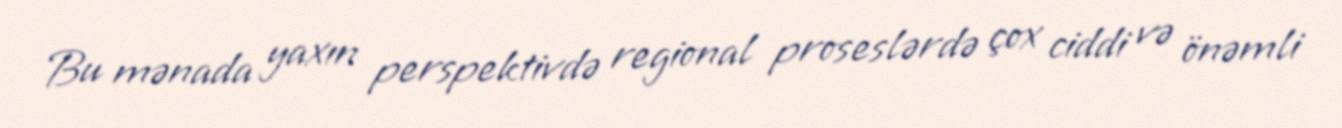
Bu mənada yaxın perspektivdə regional proseslərdə çox ciddi və önəmli